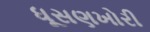
ધૂસણખોરી